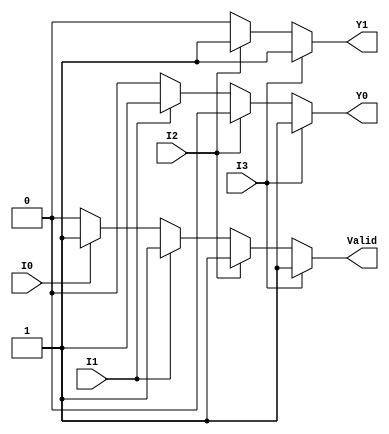
module priority_encoder (
    input wire I0, // Input 0 (lowest priority)
    input wire I1, // Input 1
    input wire I2, // Input 2
    input wire I3, // Input 3 (highest priority)
    output reg Y1, // Output bit 1
    output reg Y0, // Output bit 0
    output reg Valid // Valid signal
);

    always @(*) begin
        // Default values
        Y1 = 1'b0;
        Y0 = 1'b0;
        Valid = 1'b0;

        // Priority Encoding Logic
        if (I3) begin
            Y1 = 1'b1; // Y1 = 1
            Y0 = 1'b1; // Y0 = 1
            Valid = 1'b1; // Valid = 1
        end else if (I2) begin
            Y1 = 1'b1; // Y1 = 1
            Y0 = 1'b0; // Y0 = 0
            Valid = 1'b1; // Valid = 1
        end else if (I1) begin
            Y1 = 1'b0; // Y1 = 0
            Y0 = 1'b1; // Y0 = 1
            Valid = 1'b1; // Valid = 1
        end else if (I0) begin
            Y1 = 1'b0; // Y1 = 0
            Y0 = 1'b0; // Y0 = 0
            Valid = 1'b1; // Valid = 1
        end else begin
            Valid = 1'b0; // All inputs are inactive
        end
    end

endmodule